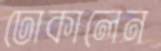
ঢোকালেন